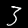
Digit: 3